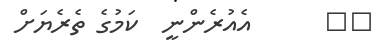
١١      އެއުރެންނީ  ކަމުގެ ތެރެޔަށް